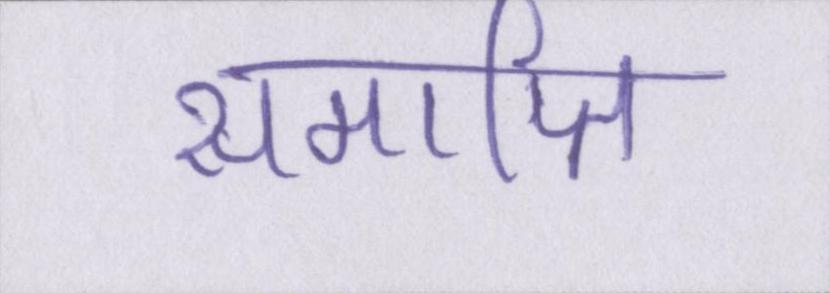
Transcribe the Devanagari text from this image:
समाप्ति